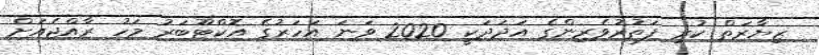
ޒިޔާރަތް ކުރި ފަތުރުވެރިންގެ އަދަދަކީ 2020 ވަނަ އަހަރުގެ އޮކްޓޫބަރު މަހު ރާއްޖެއަށް